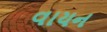
વાયન